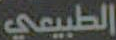
الطبيعي